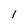
Character: 1